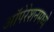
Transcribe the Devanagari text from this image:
ऑपेरेशनमध्ये